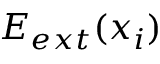
E _ { e x t } ( x _ { i } )